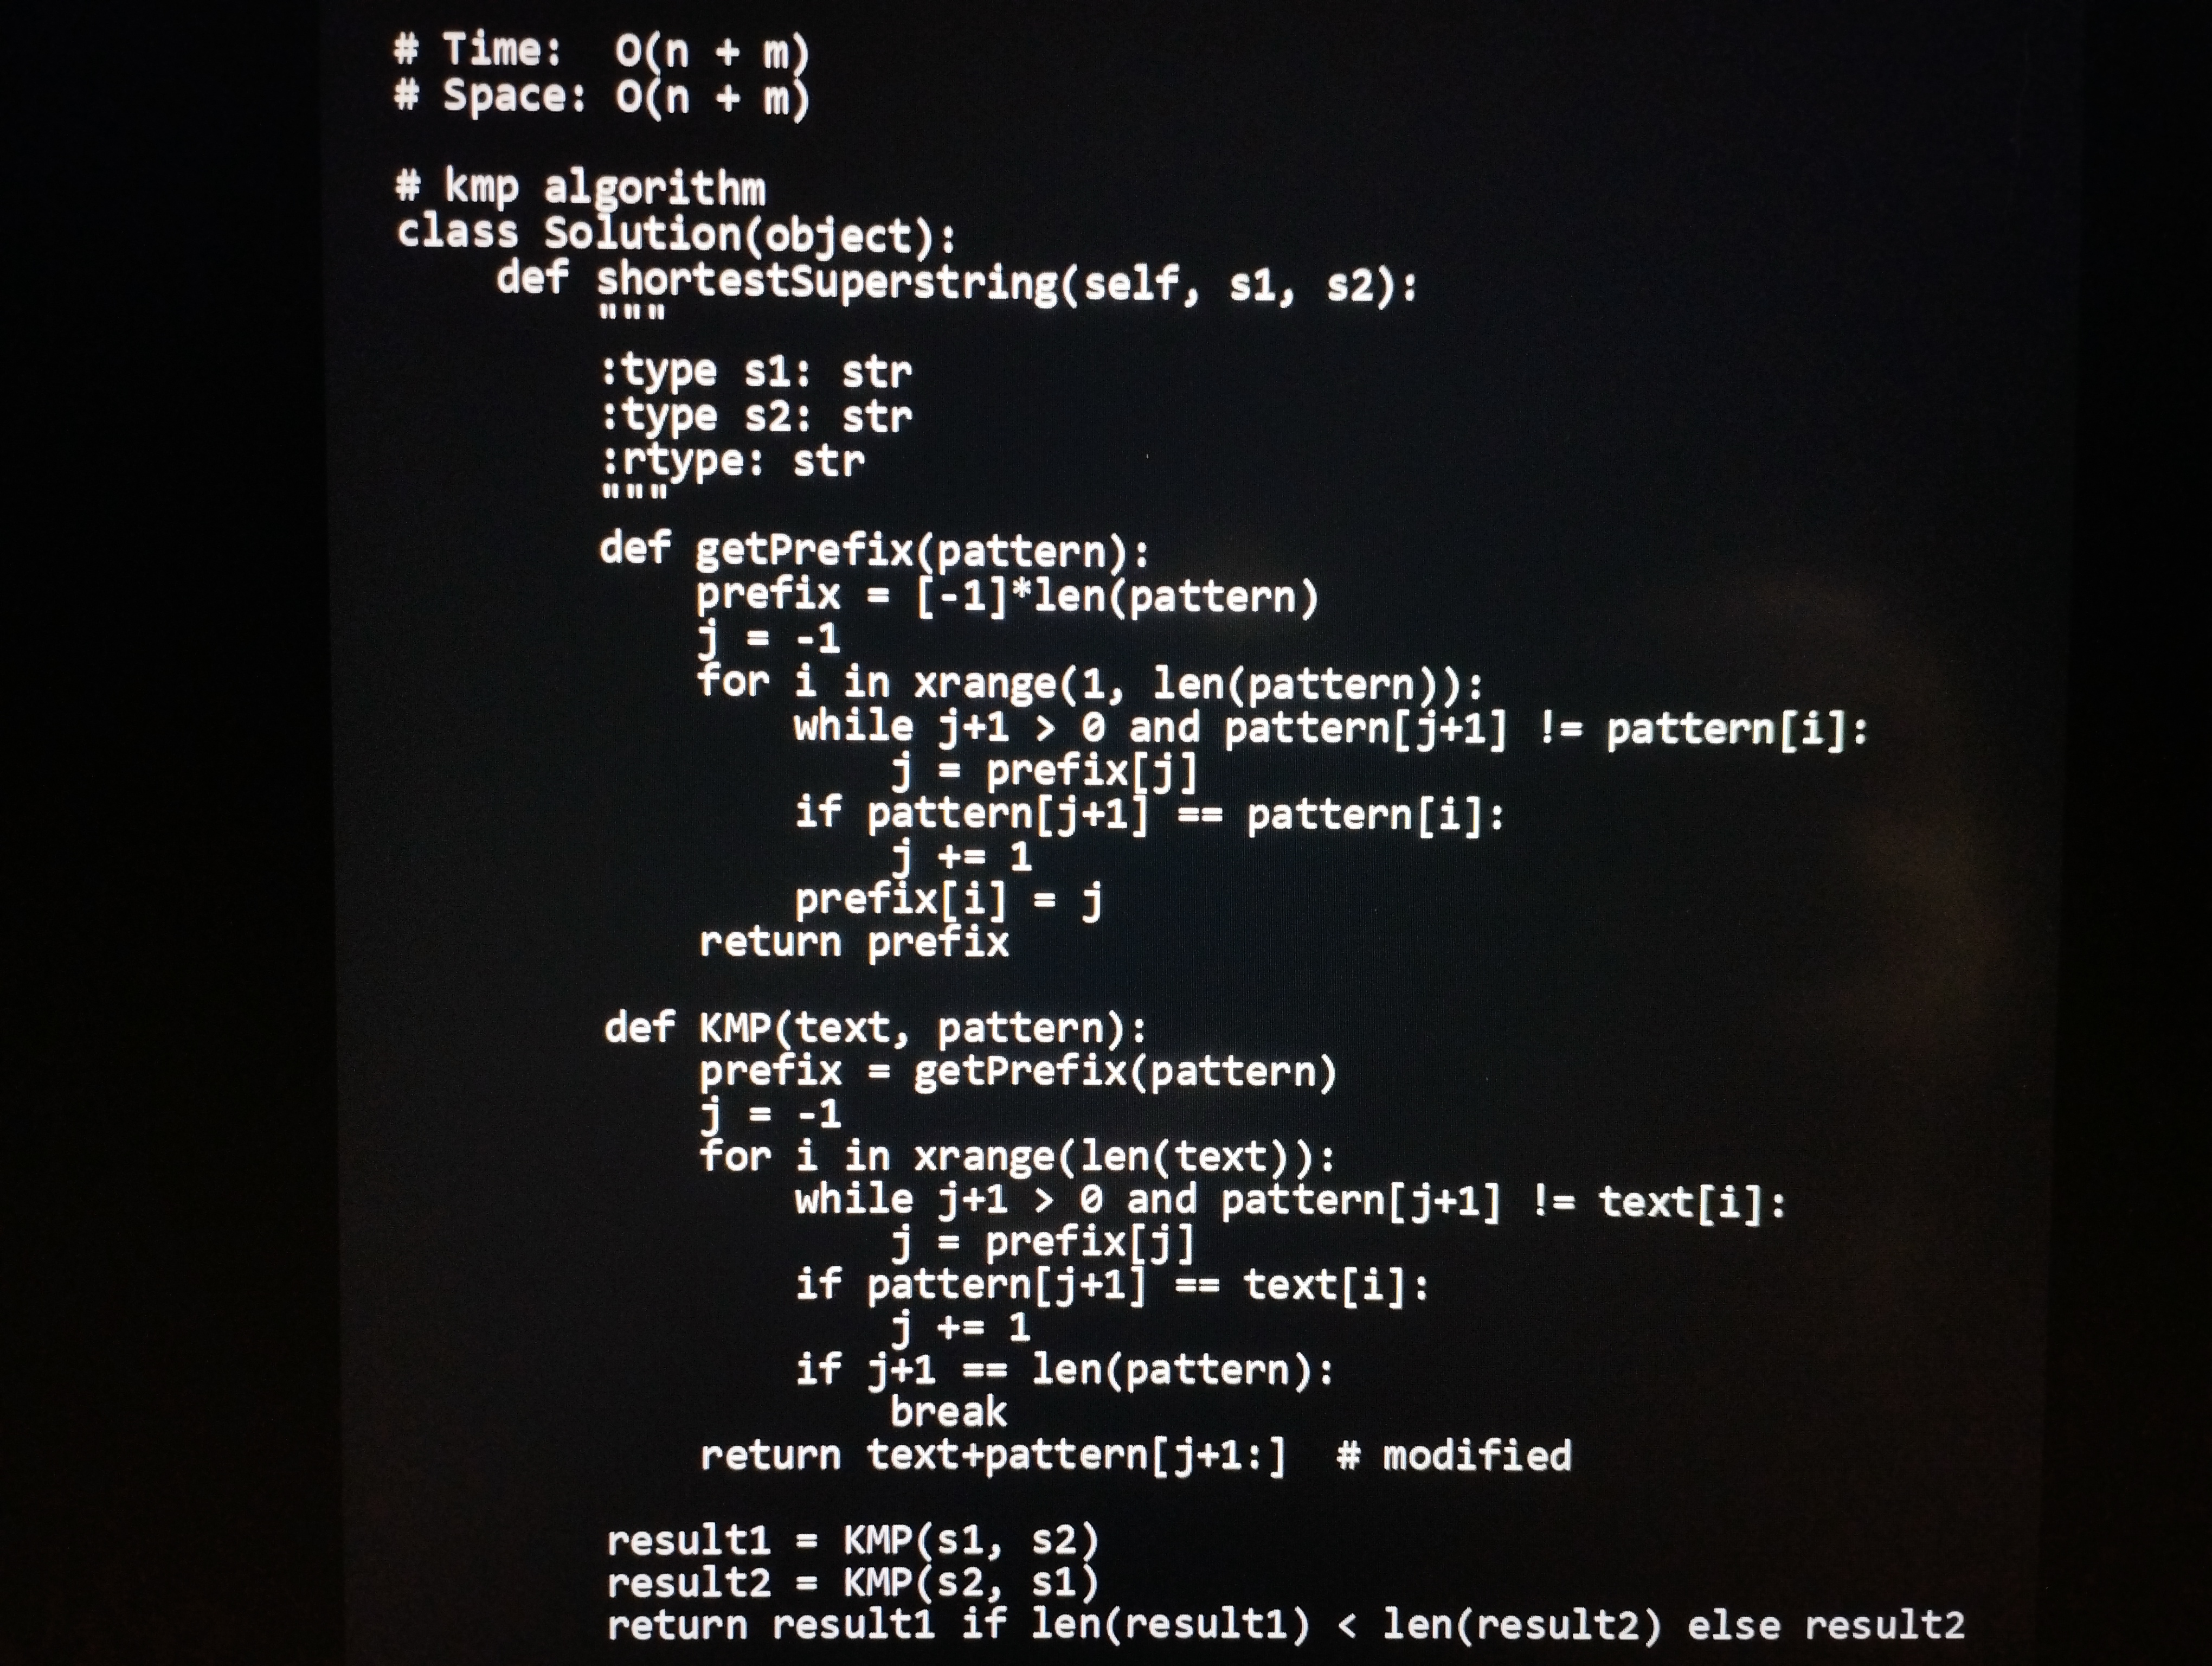
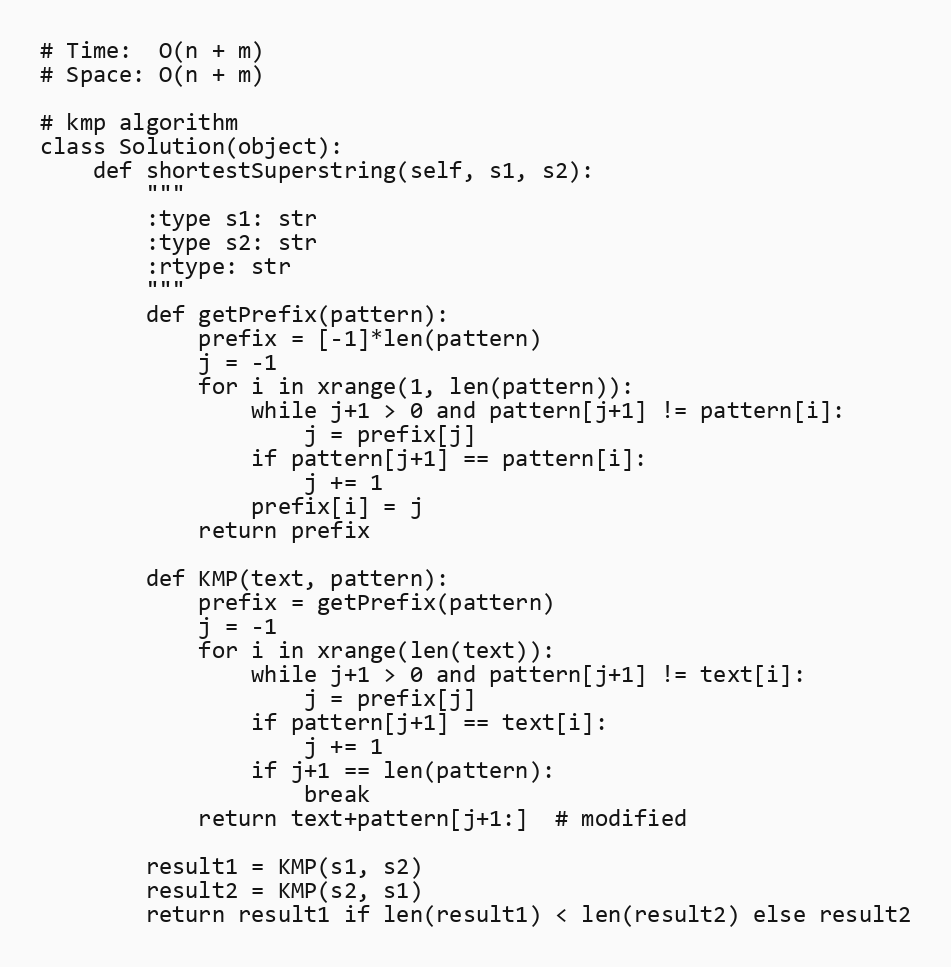
# Time:  O(n + m)
# Space: O(n + m)

# kmp algorithm
class Solution(object):
    def shortestSuperstring(self, s1, s2):
        """
        :type s1: str
        :type s2: str
        :rtype: str
        """
        def getPrefix(pattern):
            prefix = [-1]*len(pattern)
            j = -1
            for i in xrange(1, len(pattern)):
                while j+1 > 0 and pattern[j+1] != pattern[i]:
                    j = prefix[j]
                if pattern[j+1] == pattern[i]:
                    j += 1
                prefix[i] = j
            return prefix

        def KMP(text, pattern):
            prefix = getPrefix(pattern)
            j = -1
            for i in xrange(len(text)):
                while j+1 > 0 and pattern[j+1] != text[i]:
                    j = prefix[j]
                if pattern[j+1] == text[i]:
                    j += 1
                if j+1 == len(pattern):
                    break
            return text+pattern[j+1:]  # modified

        result1 = KMP(s1, s2)
        result2 = KMP(s2, s1)
        return result1 if len(result1) < len(result2) else result2